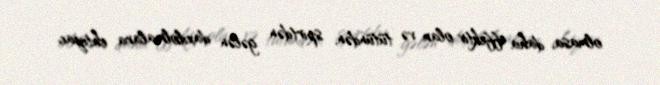
olmasa, daha effektiv olar və tütündən, spirtdən gələn daxilolmalara ehtiyac